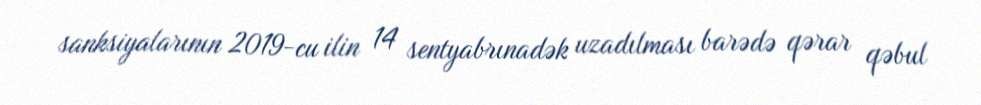
sanksiyalarının 2019-cu ilin 14 sentyabrınadək uzadılması barədə qərar qəbul